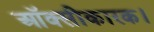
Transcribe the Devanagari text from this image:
ऑक्सीकारक।